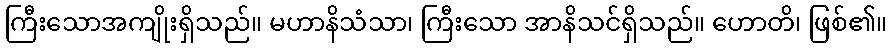
ကြီးသောအကျိုးရှိသည်။ မဟာနိသံသာ၊ ကြီးသော အာနိသင်ရှိသည်။ ဟောတိ၊ ဖြစ်၏။